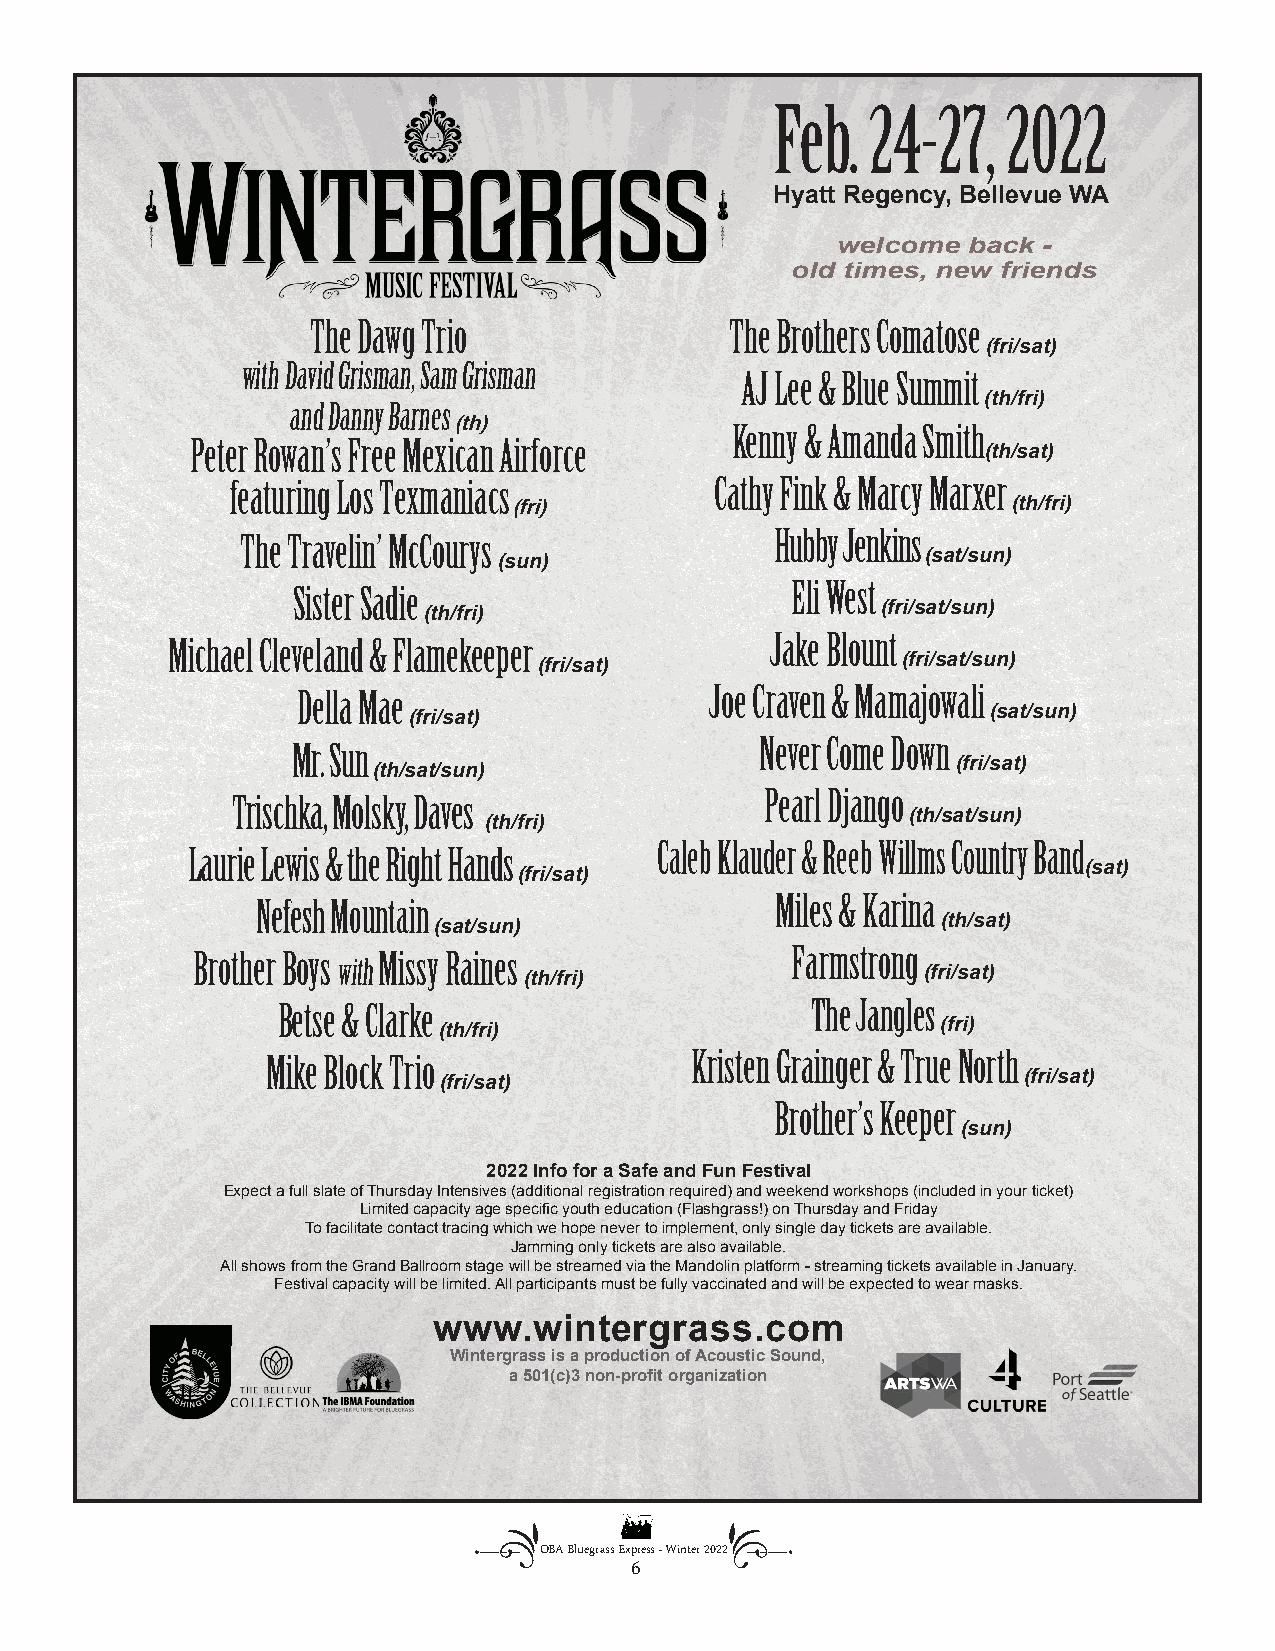
Feb.   24-27,   2022
 Hyatt Regency, Bellevue WA
 welcome  back -
 old times, new friends
 The Dawg Trio              The Brothers Comatose
 (fri/sat)
 with David Grisman, Sam Grisman
 AJ Lee & Blue Summit
 (th/fri)
 and Danny Barnes
 (th)              Kenny & Amanda Smith
 Peter Rowan’s Free Mexican Airforce
 (th/sat)
 featuring Los Texmaniacs        Cathy Fink & Marcy Marxer
 (fri)                            (th/fri)
 The Travelin’ McCourys             Hubby Jenkins
 (sun)                       (sat/sun)
 Sister Sadie                     Eli West
 (th/fri)                      (fri/sat/sun)
 Michael Cleveland & Flamekeeper         Jake Blount
 (fri/sat)               (fri/sat/sun)
 Della Mae                  Joe Craven & Mamajowali
 (fri/sat)                              (sat/sun)
 Mr. Sun                        Never Come Down
 (th/sat/sun)                          (fri/sat)
 Trischka, Molsky, Daves             Pearl Django
 (th/fri)                    (th/sat/sun)
 Laurie Lewis & the Right Hands Caleb Klauder & Reeb Willms Country Band
 (fri/sat)                             (sat)
 Nefesh Mountain                   Miles & Karina
 (sat/sun)                        (th/sat)
 Brother Boys Missy Raines              Farmstrong
 with
 (th/fri)                  (fri/sat)
 Betse & Clarke                      The Jangles
 (th/fri)                         (fri)
 Mike Block Trio             Kristen Grainger & True North
 (fri/sat)                              (fri/sat)
 Brother’s Keeper
 (sun)
 2022 Info for a Safe and Fun Festival
 Expect a full slate of Thursday Intensives (additional registration required) and weekend workshops (included in your ticket)
 Limited capacity age specific youth education (Flashgrass!) on Thursday and Friday
 To facilitate contact tracing which we hope never to implement, only single day tickets are available.
 Jamming only tickets are also available.
 All shows from the Grand Ballroom stage will be streamed via the Mandolin platform - streaming tickets available in January.
 Festival capacity will be limited. All participants must be fully vaccinated and will be expected to wear masks.
 www.wintergrass.com
 Wintergrass is a production of Acoustic Sound,
 a 501(c)3 non-profit organization
 OBA Bluegrass Express - Winter 2022
 6